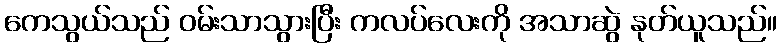
ကေသွယ်သည် ဝမ်းသာသွားပြီး ကလပ်လေးကို အသာဆွဲ နုတ်ယူသည်။